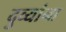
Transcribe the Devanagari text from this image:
दुव्यांना